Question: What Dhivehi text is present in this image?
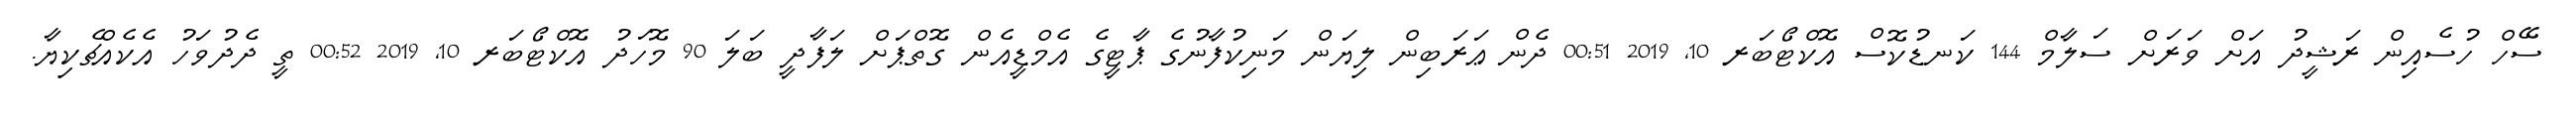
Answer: ސޭހް ހުސެއިން ރަޝީދު އަށް ވަރަށް ސަލާމް 144 ކަނޑުކޮސް އޮކްޓޯބަރ 10, 2019 00:51 ދެން ޢަރަބިން ލިޔަން މަނިކުފާނުގެ ޕާޓީގެ އެމްޑީއެން ގޮތްޕަށް ލަފާދީ ބަލަ 90 މޮހަދު އޮކްޓޯބަރ 10, 2019 00:52 ތީ ދެދުވަހު އެކެއްޗެކިޔާ.